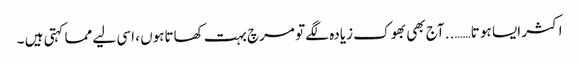
اکثر ایسا ہو تا…….. آج بھی بھوک زیادہ لگے تو مرچ بہت کھاتاہوں ، اسی لیے مما کہتی ہیں ۔